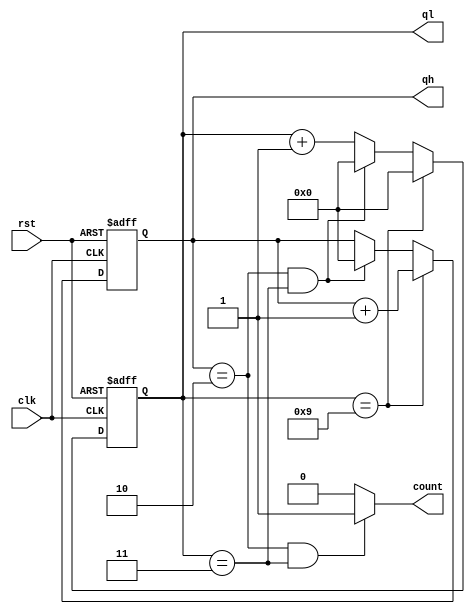
module m_24(clk,rst,ql,qh,count);//24
	input clk,rst;
	output[3:0] ql;
	output[3:0] qh;
	output count;
	reg[3:0] ql;
	reg[3:0] qh;
	
always@(posedge clk or posedge rst)
	begin
		if(rst)//
			begin
				ql<=0;
				qh<=0;
			end
		else if(ql==9)
			begin
				ql<=0;
				qh<=qh+1;
			end
		else if(qh==2&&ql==3)
			begin
				ql<=0;
				qh<=0;
			end
		else
			ql<=ql+1;
	end

assign count=(qh==2 & ql==3)?1:0;//

endmodule